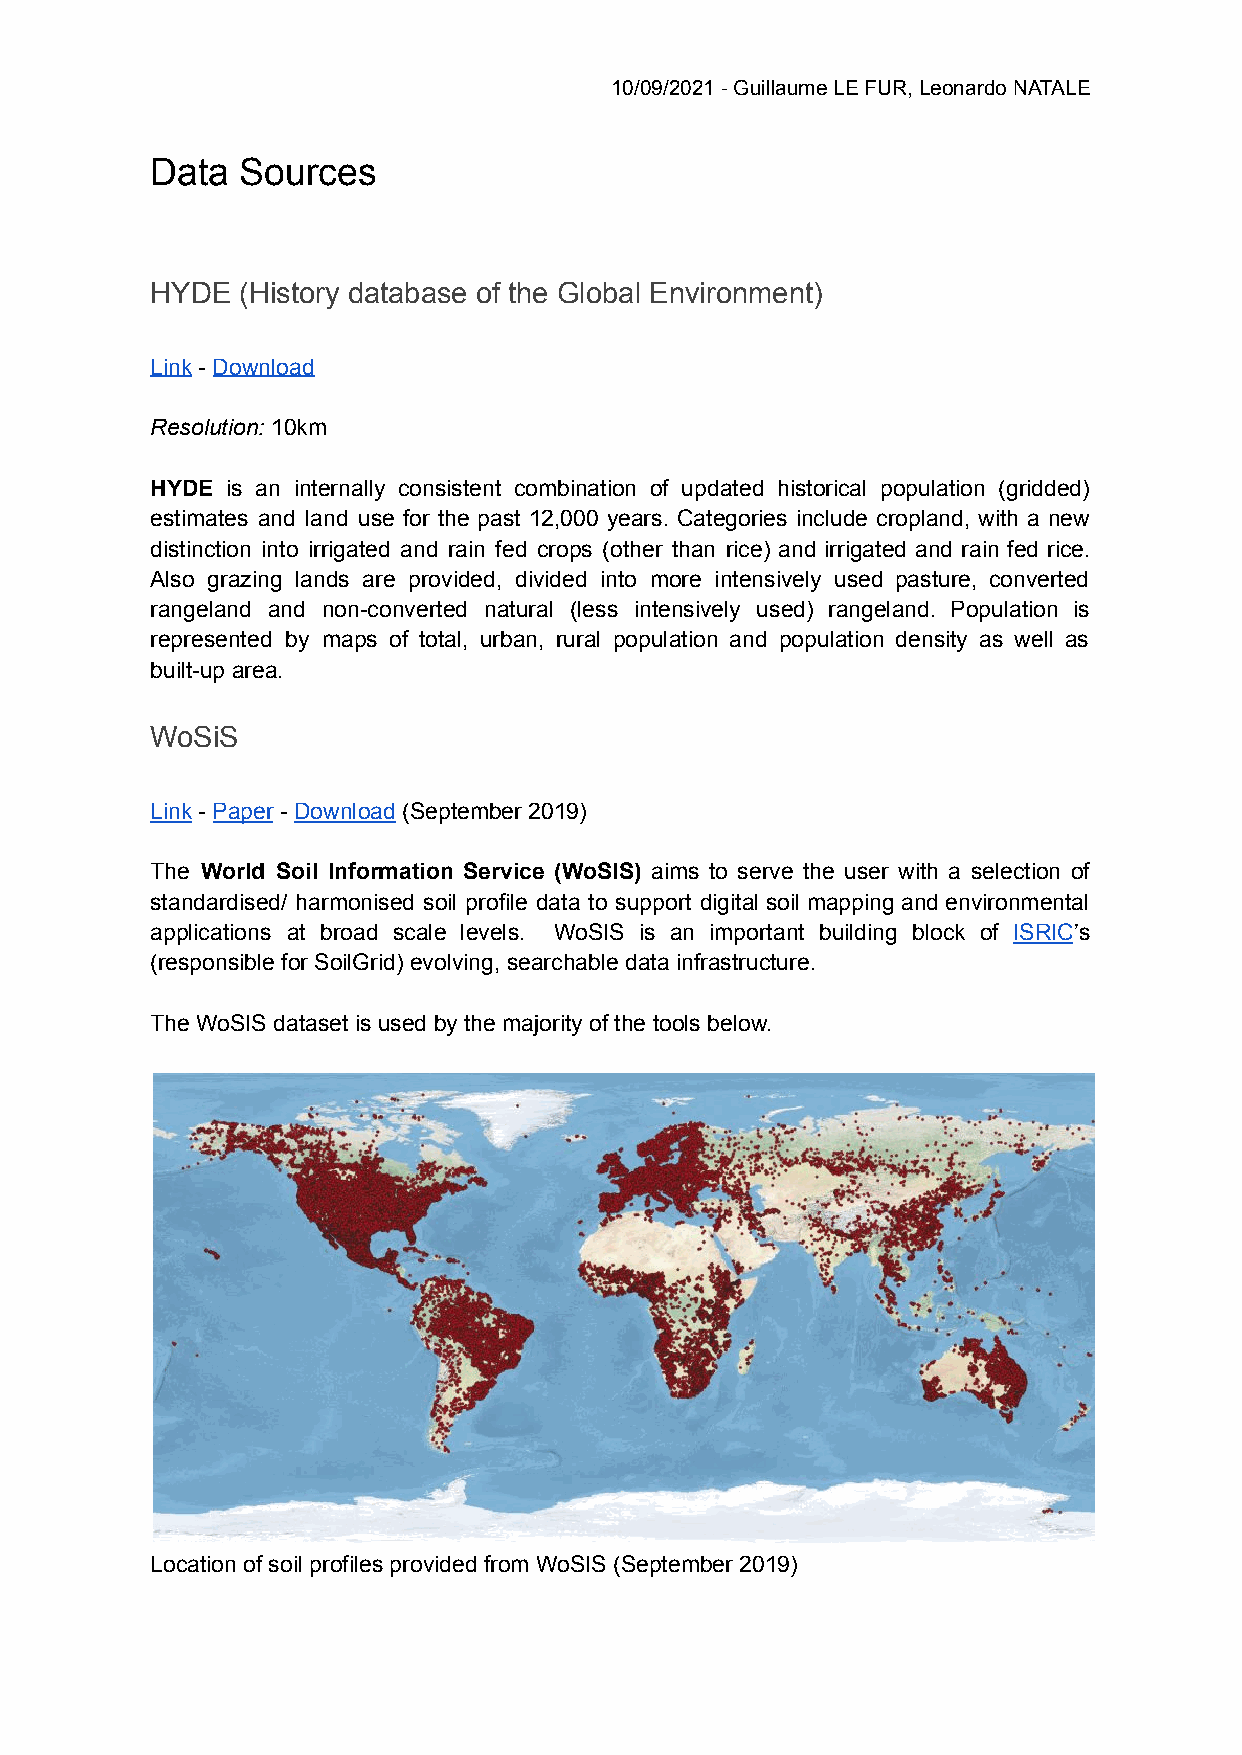
10/09/2021 - Guillaume LE FUR, Leonardo NATALE
 Data  Sources
 HYDE  (History database of the Global Environment)
 Link - Download
 Resolution: 10km
 HYDE is an internally consistent combination of updated historical population (gridded)
 estimates and land use for the past 12,000 years. Categories include cropland, with a new
 distinction into irrigated and rain fed crops (other than rice) and irrigated and rain fed rice.
 Also grazing lands are provided, divided into more intensively used pasture, converted
 rangeland and non-converted natural (less intensively used) rangeland. Population is
 represented by maps of total, urban, rural population and population density as well as
 built-up area.
 WoSiS
 Link - Paper - Download (September 2019)
 The World Soil Information Service (WoSIS) aims to serve the user with a selection of
 standardised/ harmonised soil profile data to support digital soil mapping and environmental
 applications at broad scale levels. WoSIS is an important building block of ISRIC’s
 (responsible for SoilGrid) evolving, searchable data infrastructure.
 The WoSIS dataset is used by the majority of the tools below.
 Location of soil profiles provided from WoSIS (September 2019)